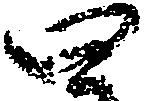
四